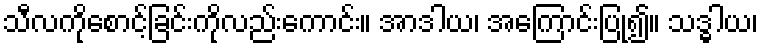
သီလကိုစောင့်ခြင်းကိုလည်းကောင်း။ အာဒါယ၊ အကြောင်းပြု၍။ သဒ္ဓါယ၊